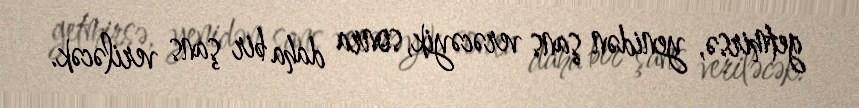
getmirsə, yenidən şans verəcəyik, sonra daha bir şans veriləcək.